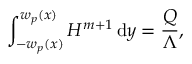
\int _ { - w _ { p } ( x ) } ^ { w _ { p } ( x ) } H ^ { m + 1 } \, \mathrm { d } y = \frac { Q } { \Lambda } ,